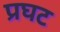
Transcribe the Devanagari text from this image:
प्रघट